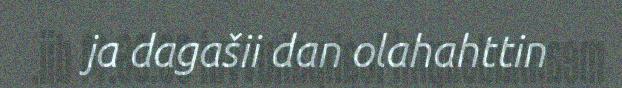
ja dagašii dan olahahttin